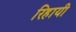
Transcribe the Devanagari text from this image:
रिहायी